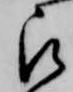
被